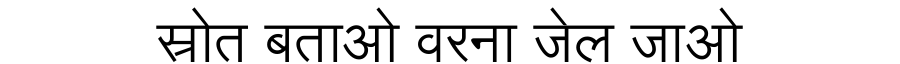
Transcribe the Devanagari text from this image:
स्रोत बताओ वरना जेल जाओ